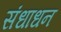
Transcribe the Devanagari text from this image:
संधाधन